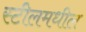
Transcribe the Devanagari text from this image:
स्टीलमधील